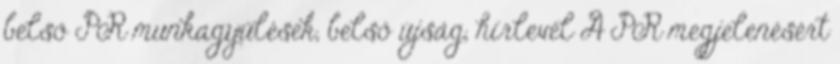
belső PR munkagyűlések, belső újság, hírlevél A PR megjelenésért